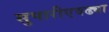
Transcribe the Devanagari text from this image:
सुपारीएवढ्या